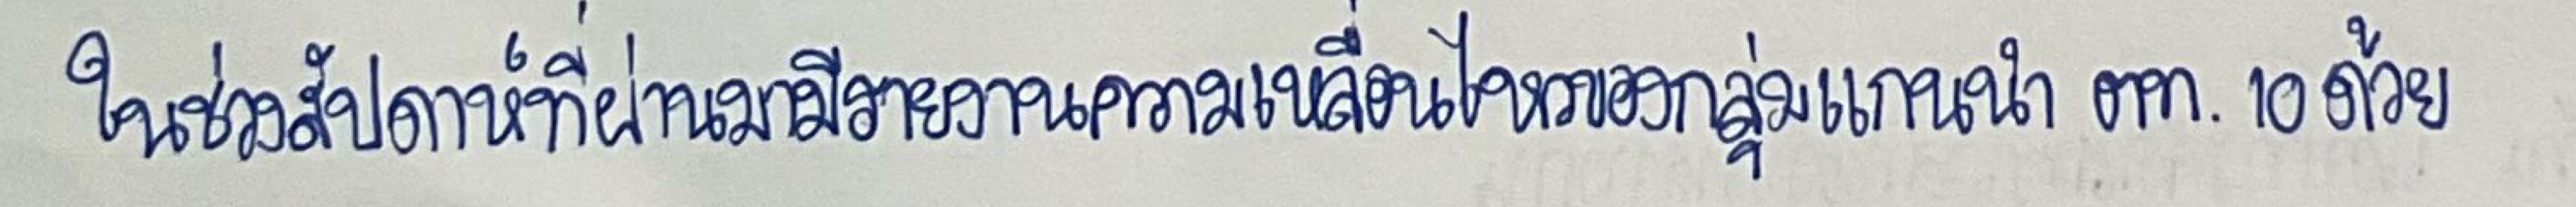
"ในช่วงสัปดาห์ที่ผ่านมามีรายงานความเคลื่อนไหวของกลุ่มแกนนำ ตท. 10ด้วย"